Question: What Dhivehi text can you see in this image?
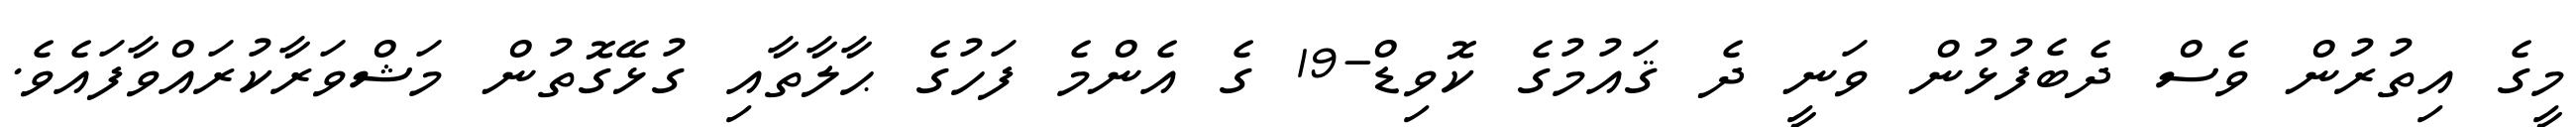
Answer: މީގެ އިތުރުން ވެސް ދެބެފުޅުން ވަނީ ދެ ޤައުމުގެ ކޮވިޑް-19 ގެ އެންމެ ފަހުގެ ޙާލާތާއި ގުޅޭގޮތުން މަޝްވަރާކުރައްވާފައެވެ.